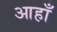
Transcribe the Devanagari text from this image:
आहाँ